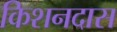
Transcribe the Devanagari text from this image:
किशनदास